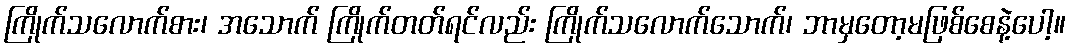
ကြိုက်သလောက်စား၊ အသောက် ကြိုက်တတ်ရင်လည်း ကြိုက်သလောက်သောက်၊ ဘာမှတော့မဖြစ်စေနဲ့ပေါ့။